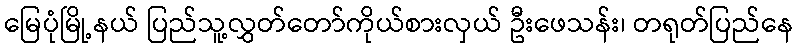
မြေပုံမြို့နယ် ပြည်သူ့လွှတ်တော်ကိုယ်စားလှယ် ဦးဖေသန်း၊ တရုတ်ပြည်နေ